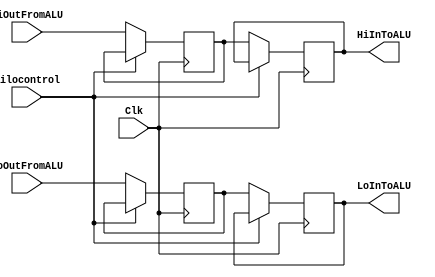
`timescale 1ns / 1ps
//////////////////////////////////////////////////////////////////////////////////
// Company: 369 A 
// 
// Design Name: 
// Module Name: hitolowregister
// Project Name: 
// Target Devices: 
// Tool Versions: 
// Description: 
// 
// Dependencies: 
// 
// Revision:
// Revision 0.01 - File Created
// Additional Comments:
// 
//////////////////////////////////////////////////////////////////////////////////


module hitolowregister(HiOutFromALU, LoOutFromALU, HiInToALU, LoInToALU, Clk, hilocontrol);


input [31:0] HiOutFromALU, LoOutFromALU;
input Clk, hilocontrol;
output reg [31:0] HiInToALU, LoInToALU;
reg [31:0] rFile [0:1];   

always @ (posedge Clk) begin
    if(hilocontrol == 1'b1) begin 
//        LoInToALU = LoInToALU;
//        HiInToALU = HiInToALU;
//        rFile[1] = rFile[1];
//        rFile[0] = rFile[0];
    end
    else begin
        LoInToALU = rFile[1];
        HiInToALU = rFile[0];
        rFile[1] = LoOutFromALU;
        rFile[0] = HiOutFromALU;
    end
    


end


endmodule